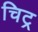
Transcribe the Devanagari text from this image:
चिट्र